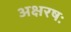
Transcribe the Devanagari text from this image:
अक्षरषः